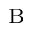
_ \mathrm { B }